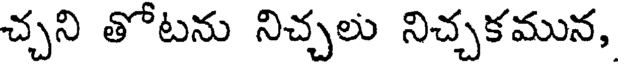
చ్చని తోటను నిచ్చలు నిచ్చకమున,